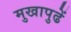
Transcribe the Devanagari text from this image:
मुखापुढें